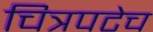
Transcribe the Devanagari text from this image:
चित्रपटेच